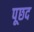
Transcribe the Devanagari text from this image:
पूछद